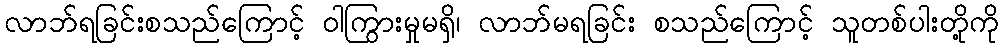
လာဘ်ရခြင်းစသည်ကြောင့် ဝါကြွားမှုမရှိ၊ လာဘ်မရခြင်း စသည်ကြောင့် သူတစ်ပါးတို့ကို